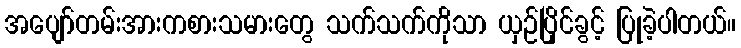
အပျော်တမ်းအားကစားသမားတွေ သက်သက်ကိုသာ ယှဉ်ပြိုင်ခွင့် ပြုခဲ့ပါတယ်။